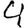
Digit: 4